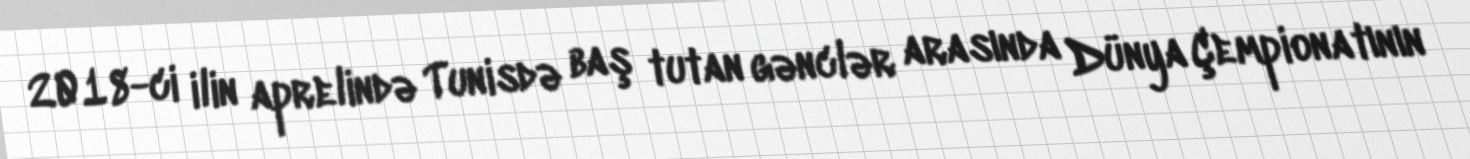
2018-ci ilin aprelində Tunisdə baş tutan gənclər arasında Dünya Çempionatının